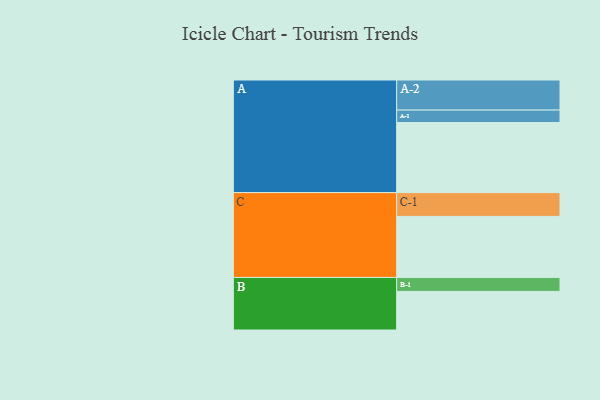
{"axis": {"x": "Segment", "y": "Value"}, "legend": ["", "A", "B", "C"], "data": [{"x": "A", "y": 568, "type": ""}, {"x": "B", "y": 313, "type": ""}, {"x": "C", "y": 495, "type": ""}, {"x": "A-1", "y": 101, "type": "A"}, {"x": "A-2", "y": 244, "type": "A"}, {"x": "B-1", "y": 113, "type": "B"}, {"x": "C-1", "y": 193, "type": "C"}]}